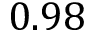
0 . 9 8